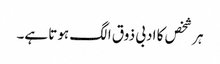
ہر شخص کا ادبی ذوق الگ ہوتا ہے۔